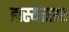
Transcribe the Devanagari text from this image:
हास्यरसर